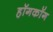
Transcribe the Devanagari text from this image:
हॉगकॉग